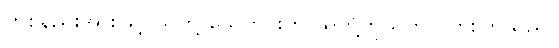
တစ်နည်းအားဖြင့် သူတို့ သေတွင်းကို သူတို့ကိုယ်တိုင် တူးကြသည်။